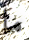
ما